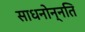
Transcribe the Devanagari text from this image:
साधनोन्नति